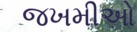
જખમીઓ